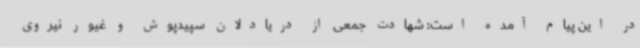
در این پیام آمده است: شهادت جمعی از دریادلان سپیدپوش و غیور نیروی